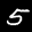
Label: 5